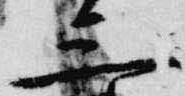
三